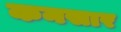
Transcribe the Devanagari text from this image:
कनसार